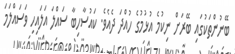
ބޭނުންތަކުގައި ބޭރަށް ނިކުމެ އުޅުމުގެ ހުއްދަ ދެއެވެ. ކައުސާހިބާ ސައްލަ އަލައިހި ވަސައްލަމަ